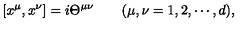
[ x ^ { \mu } , x ^ { \nu } ] = i \Theta ^ { \mu \nu } \qquad ( \mu , \nu = 1 , 2 , \cdots , d ) ,